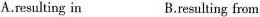
A.resulting in B.resulting from